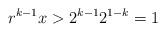
LaTeX: \begin{align*}r^{k-1}x > 2^{k-1} 2^{1-k} = 1\end{align*}